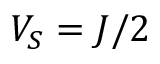
V _ { S } = J / 2